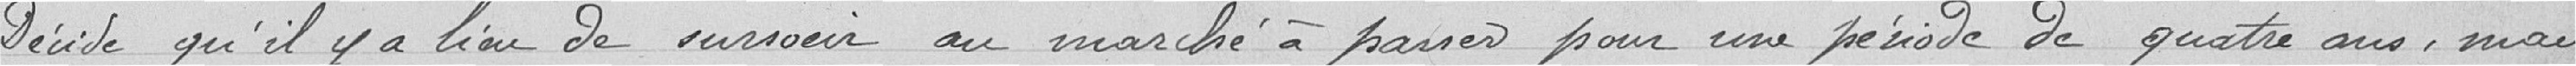
décide qu’il y a lieu de surseoir au marché à passer pour une période de quatre ans, mais